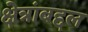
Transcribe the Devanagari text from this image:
क्षेत्रांबद्दल